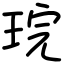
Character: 琓